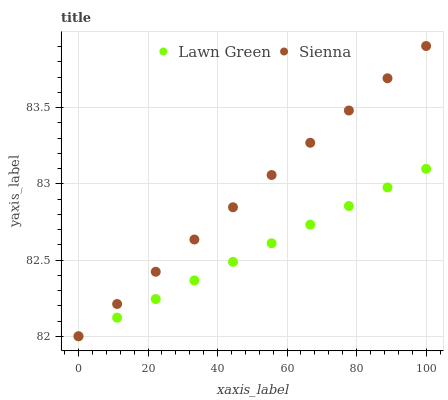
| xaxis_label | Lawn Green | Sienna |
 | --- | --- | --- |
 | 0 | 82 | 82 |
 | 11.1 | 82.1 | 82.2 |
 | 22.2 | 82.2 | 82.4 |
 | 33.3 | 82.4 | 82.6 |
 | 44.4 | 82.5 | 82.8 |
 | 55.6 | 82.6 | 83.1 |
 | 66.7 | 82.7 | 83.3 |
 | 77.8 | 82.9 | 83.5 |
 | 88.9 | 83 | 83.7 |
 | 100 | 83.1 | 83.9 |